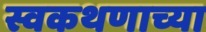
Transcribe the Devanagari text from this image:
स्वकथणाच्या